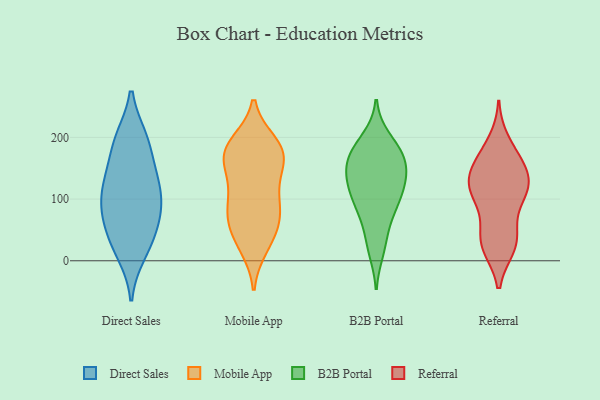
{"axis": {"x": "Page Views", "y": "Value"}, "legend": ["B2B Portal", "Direct Sales", "Mobile App", "Referral"], "data": [{"x": "", "y": 107, "type": "Direct Sales"}, {"x": "", "y": 140, "type": "Direct Sales"}, {"x": "", "y": 197, "type": "Direct Sales"}, {"x": "", "y": 102, "type": "Direct Sales"}, {"x": "", "y": 96, "type": "Direct Sales"}, {"x": "", "y": 198, "type": "Direct Sales"}, {"x": "", "y": 195, "type": "Direct Sales"}, {"x": "", "y": 147, "type": "Direct Sales"}, {"x": "", "y": 12, "type": "Direct Sales"}, {"x": "", "y": 62, "type": "Direct Sales"}, {"x": "", "y": 84, "type": "Direct Sales"}, {"x": "", "y": 19, "type": "Direct Sales"}, {"x": "", "y": 41, "type": "Direct Sales"}, {"x": "", "y": 59, "type": "Direct Sales"}, {"x": "", "y": 133, "type": "Direct Sales"}, {"x": "", "y": 171, "type": "Mobile App"}, {"x": "", "y": 131, "type": "Mobile App"}, {"x": "", "y": 183, "type": "Mobile App"}, {"x": "", "y": 183, "type": "Mobile App"}, {"x": "", "y": 94, "type": "Mobile App"}, {"x": "", "y": 23, "type": "Mobile App"}, {"x": "", "y": 30, "type": "Mobile App"}, {"x": "", "y": 126, "type": "Mobile App"}, {"x": "", "y": 81, "type": "Mobile App"}, {"x": "", "y": 166, "type": "Mobile App"}, {"x": "", "y": 70, "type": "Mobile App"}, {"x": "", "y": 47, "type": "Mobile App"}, {"x": "", "y": 178, "type": "Mobile App"}, {"x": "", "y": 190, "type": "Mobile App"}, {"x": "", "y": 163, "type": "Mobile App"}, {"x": "", "y": 63, "type": "Mobile App"}, {"x": "", "y": 92, "type": "Mobile App"}, {"x": "", "y": 30, "type": "B2B Portal"}, {"x": "", "y": 157, "type": "B2B Portal"}, {"x": "", "y": 171, "type": "B2B Portal"}, {"x": "", "y": 155, "type": "B2B Portal"}, {"x": "", "y": 186, "type": "B2B Portal"}, {"x": "", "y": 17, "type": "B2B Portal"}, {"x": "", "y": 117, "type": "B2B Portal"}, {"x": "", "y": 126, "type": "B2B Portal"}, {"x": "", "y": 66, "type": "B2B Portal"}, {"x": "", "y": 176, "type": "B2B Portal"}, {"x": "", "y": 97, "type": "B2B Portal"}, {"x": "", "y": 198, "type": "B2B Portal"}, {"x": "", "y": 95, "type": "B2B Portal"}, {"x": "", "y": 131, "type": "B2B Portal"}, {"x": "", "y": 84, "type": "B2B Portal"}, {"x": "", "y": 130, "type": "B2B Portal"}, {"x": "", "y": 160, "type": "B2B Portal"}, {"x": "", "y": 158, "type": "Referral"}, {"x": "", "y": 103, "type": "Referral"}, {"x": "", "y": 116, "type": "Referral"}, {"x": "", "y": 127, "type": "Referral"}, {"x": "", "y": 139, "type": "Referral"}, {"x": "", "y": 28, "type": "Referral"}, {"x": "", "y": 23, "type": "Referral"}, {"x": "", "y": 167, "type": "Referral"}, {"x": "", "y": 25, "type": "Referral"}, {"x": "", "y": 51, "type": "Referral"}, {"x": "", "y": 113, "type": "Referral"}, {"x": "", "y": 159, "type": "Referral"}, {"x": "", "y": 112, "type": "Referral"}, {"x": "", "y": 192, "type": "Referral"}, {"x": "", "y": 118, "type": "Referral"}, {"x": "", "y": 36, "type": "Referral"}]}